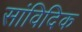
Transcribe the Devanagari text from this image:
सांविदिक